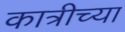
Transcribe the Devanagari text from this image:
कात्रीच्या